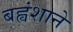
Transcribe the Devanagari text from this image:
बह्वंशाने